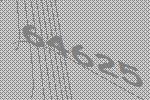
64625